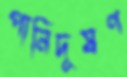
পানিদূষণ